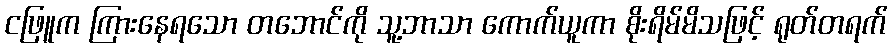
ငဖြူက ကြားနေရသော တဘောင်ကို သူ့ဘာသာ ကောက်ယူကာ စိုးရိမ်မိသဖြင့် ရုတ်တရက်